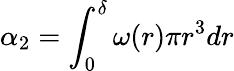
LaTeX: \alpha_{2}=\int_{0}^{\delta}\omega(r)\pi r^{3}dr